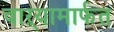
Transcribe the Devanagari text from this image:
वाऱ्यामार्फत